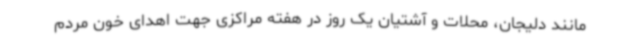
مانند دلیجان، محلات و آشتیان یک روز در هفته مراکزی جهت اهدای خون مردم